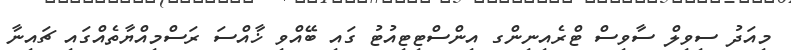
މިއަދު ސިވިލް ސާވިސް ޓްރެއިނިންގ އިންސްޓިޓިއުޓު ގައި ބޭއްވި ޚާއްސަ ރަސްމިއްޔާތެއްގައި ޗައިނާ